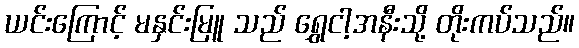
ယင်းကြောင့် မနှင်းမြူ သည် ရွှေငါ့အနီးသို့ တိုးကပ်သည်။